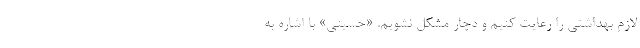
لازم بهداشتی را رعایت کنیم و دچار مشکل نشویم. «حسینی» با اشاره به